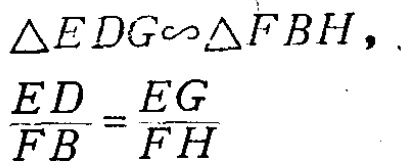
$\triangle EDG\sim\triangle FBH,\frac{ED}{FB}=\frac{EG}{FH}$